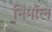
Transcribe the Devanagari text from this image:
निर्माल